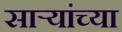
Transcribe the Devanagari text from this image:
सार्‍यांच्या